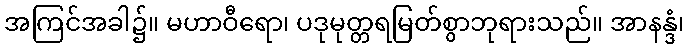
အကြင်အခါ၌။ မဟာဝီရော၊ ပဒုမုတ္တရမြတ်စွာဘုရားသည်။ အာနန္ဒံ၊